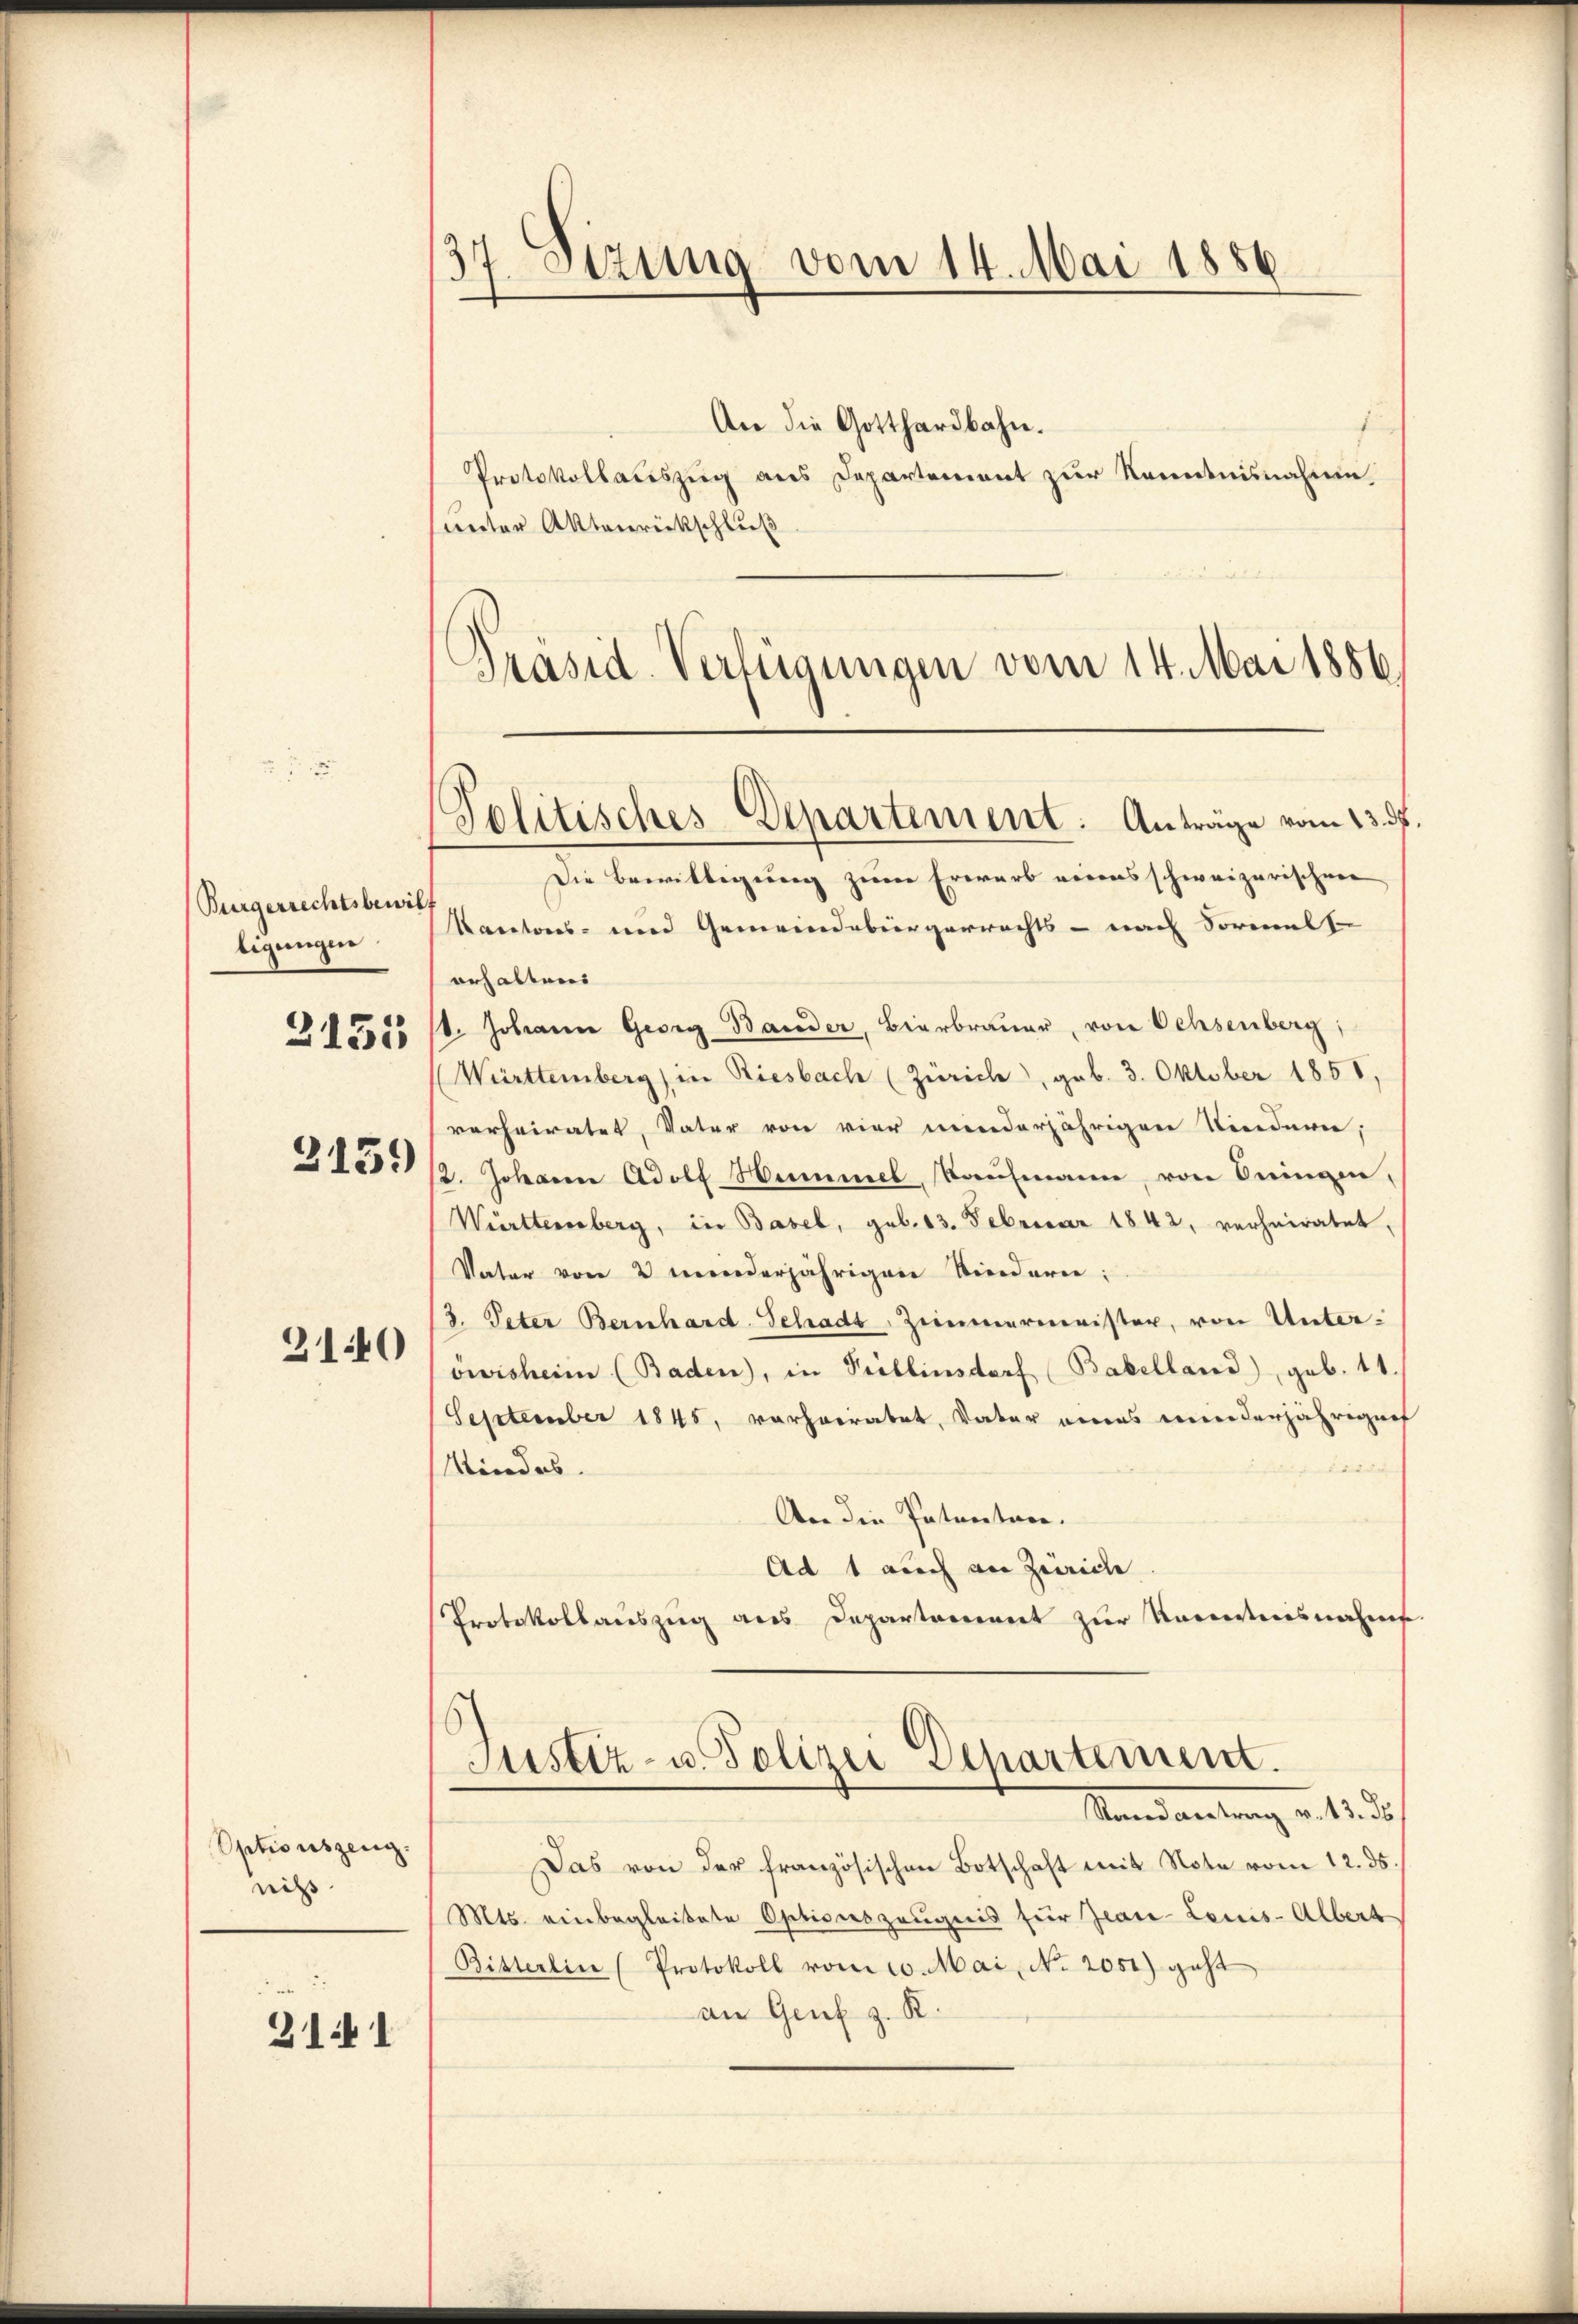
Burgerrechtsbewill
ligungen
2151

3159

310

Optionszeug.
nis

21.1

37. Sizung vom 14. Mai 1856

unter Aktenrückschluß
Präsid.-Verfügungen vom 14. Mai 1886.

Die Bewilligung zum Erwarb voraus schweizerischen
Krectores- und Gemeindebürgerrechts - nach Sormals
erhalten
t. Johann Georg Bander, Bierbrauer, von Ochsenberg,
Württemberg) in Riesbach (Zürich, geb. 3. Oktober 1858,
verheiratet, Vater von vier minderjährigen Niedern,
2. Johanne Adolf Hummel, Kaŭfmann, von Dringen,
Württemberg, in Basel, geb. 13. Februar 1842, verheiratet,
Vater von 2 minderjährigen Kindern:
3. Peter Bernhard-Schadt, Zimmermeister, von Unteröwisheim (Baden, in Prellinsdorf (Babelland), geb. 11.
September 1845, vorherratet, Vater eines minderjährigens
Kindes
. bis de
An die Patentare.
Ad 1 auch an Zürich
Protokollaŭszŭg ans Departoniret zŭr Kenntnisnahms
Justiz- u. Polizei Departement.
Sinne weitung v. 1. das
Das von der französischen Botschaft mit Note vom 12. ds.
Mts. einbegleitete Optionszeugnis für Zwar Louis-Albert
Bitterlin (Protokoll vom 10. Mai, No. 2051) geht
an Genf z. K.

An die Gotthardbahn.
Protokollauszug aus Departement zur Kenntnisnahmen.

Politisches-Departement. Anträge vom 13. ds.